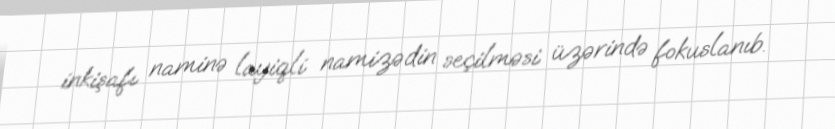
inkişafı naminə layiqli namizədin seçilməsi üzərində fokuslanıb.